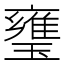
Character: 㻾